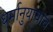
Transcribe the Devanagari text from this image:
धर्मानुयायांचे